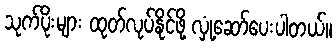
သုက်ပိုးများ ထုတ်လုပ်နိုင်ဖို့ လှုံ့ဆော်ပေးပါတယ်။